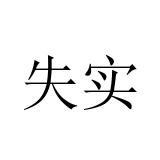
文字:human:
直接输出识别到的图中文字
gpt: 失实